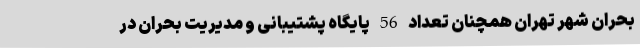
بحران شهر تهران همچنان تعداد 56 پایگاه پشتیبانی و مدیریت بحران در